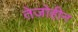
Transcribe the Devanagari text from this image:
तेजोहीन